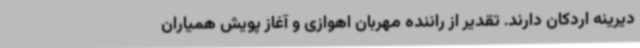
دیرینه اردکان دارند. تقدیر از راننده مهربان اهوازی و آغاز پویش همیاران